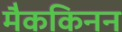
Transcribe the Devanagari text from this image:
मैककिनन